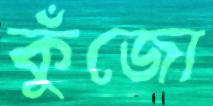
কুঁজো